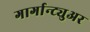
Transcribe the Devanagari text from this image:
गार्गान्ट्युअर